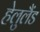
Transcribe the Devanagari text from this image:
हेलुलैंड